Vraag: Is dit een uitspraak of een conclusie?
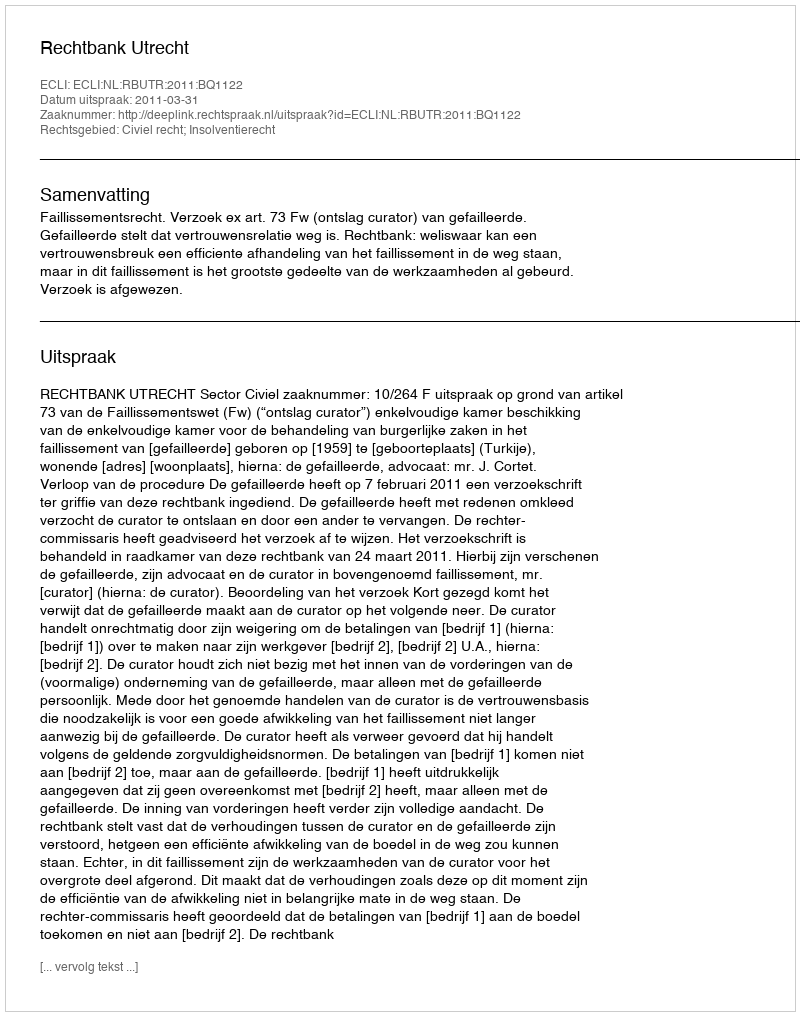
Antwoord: Uitspraak